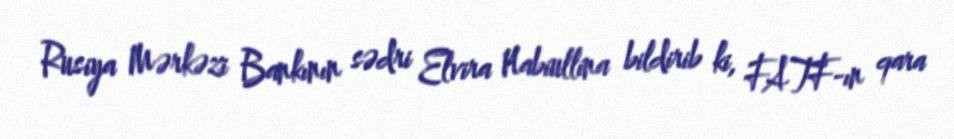
Rusiya Mərkəzi Bankının sədri Elvira Nabiullina bildirib ki, FATF-ın qara